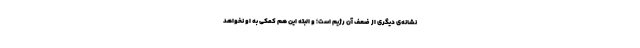
نشانه‌ی دیگری از ضعف آن رژیم است؛ و البتّه این هم کمکی به او نخواهد